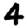
Digit: 4